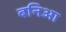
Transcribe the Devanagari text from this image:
बनिआ